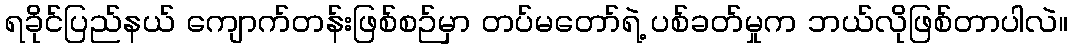
ရခိုင်ပြည်နယ် ကျောက်တန်းဖြစ်စဉ်မှာ တပ်မတော်ရဲ့ ပစ်ခတ်မှုက ဘယ်လိုဖြစ်တာပါလဲ။